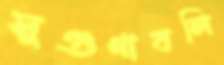
সুগুণাবলি